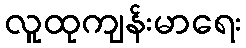
လူထုကျန်းမာရေး